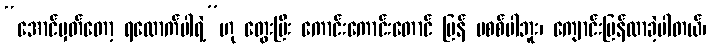
“အောင်မှတ်တော့ ရလောက်ပါရဲ့”ဟု တွေးပြီး ကောင်းကောင်းတောင် ပြန် မစစ်ပါဘူး၊ ကျောင်းပြန်လာခဲ့ပါတယ်၊